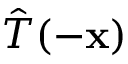
{ \hat { T } } ( - \mathbf { x } )